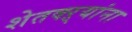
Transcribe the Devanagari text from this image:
शेतक्ऱ्यांना